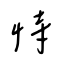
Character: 恃